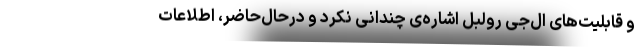
و قابلیت‌های ال‌جی رولبل اشاره‌ی چندانی نکرد و در‌حال‌حاضر، اطلاعات